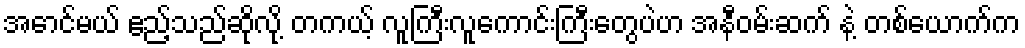
အောင်မယ် ဧည့်သည်ဆိုလို့ တကယ့် လူကြီးလူကောင်းကြီးတွေပဲဟ အနီဝမ်းဆက် နဲ့ တစ်ယောက်က